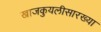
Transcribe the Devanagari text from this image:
खाजकुयलीसारख्या